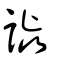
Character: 譅